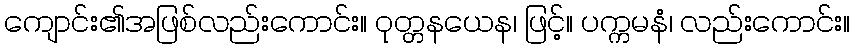
ကျောင်း၏အဖြစ်လည်းကောင်း။ ဝုတ္တနယေန၊ ဖြင့်။ ပက္ကမနံ၊ လည်းကောင်း။